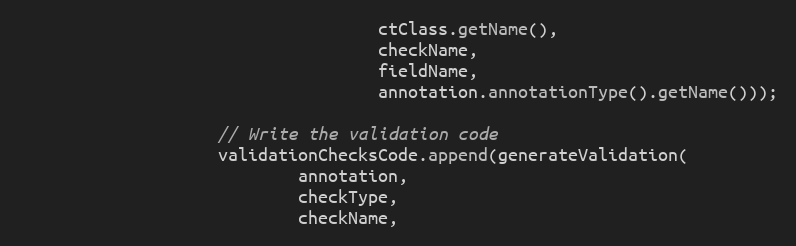
Language: Java
                                    ctClass.getName(),
                                    checkName,
                                    fieldName,
                                    annotation.annotationType().getName()));

                    // Write the validation code
                    validationChecksCode.append(generateValidation(
                            annotation,
                            checkType,
                            checkName,